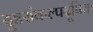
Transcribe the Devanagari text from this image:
दुष्टसंकल्पदूषितः